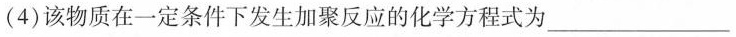
(4)该物质在一定条件下发生加聚反应的化学方程式为___